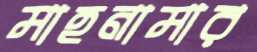
মাহনামার